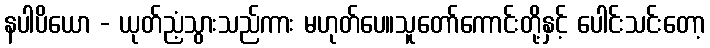
နပါပိယော - ယုတ်ညံ့သွားသည်ကား မဟုတ်ပေ။သူတော်ကောင်းတို့နှင့် ပေါင်းသင်းတော့